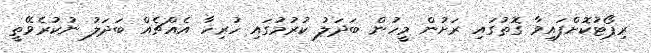
ރިޕޯޓުކޮށްފައިވާ ގޮތުގައި ރަށުން މީހުން ބަދަލު ކުރުމުގައި ހުރިހާ އެއްޗެއް ބަދަލު ނުކުރެވޭތީ